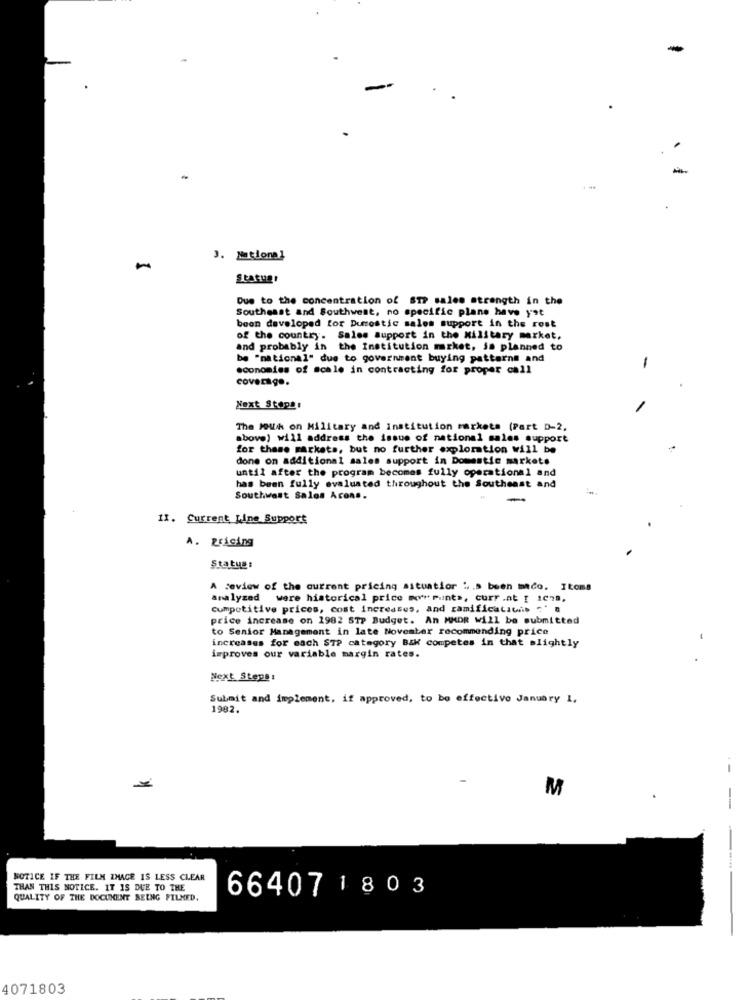
-
3. Mations]
Statugr
Due to the concentration of STP sales strength in the
Southeast and Southwest, no specific plane have yet
been developed for Durrostic sales support in the rest
of the country. Sales support in the Military market.
and probably in the Institution market, ja planned to
be "national" due to government buying patterns and
economies of scale in contracting for proper call
-
coverage.
Next Stops:
The HoWh on Military and institution markets (Part D-2,
above) will address the issue of national sales support
for these markets, but no further exploration will be
done on additional sales support in Domestic market.
until after the program becomes fully operational and
has been fully evaluated throughout the Southeast and
Southwest Salos Acons.
11. Current Line Support
A. pricing
Status :
A review of the current pricing situatior i .s been maco. Itoms
analyzed were historical price myr punts, curr .at [ 1078,
Competitive prices, cost increases, and ramifications ' a
price increase on 1982 STP Budget. An MMOR Will be submitted
to Senior Management in late November recommending price
increases for each STP category B&W competes in that slightly
improves our variable margin rates.
Next Steps:
Submit and implement, if approved, to be effective January 1,
1982.
M
NOTICE IF THE FILM IMAGE IS LESS CLEAR
THAN THIS NOTICE. IT IS DUE TO THE
66407 1803
QUALITY OF THE DOCUMENT BEING FILMED.
4071803